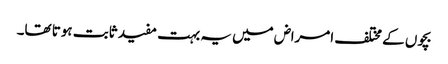
بچوں کے مختلف امراض میں یہ بہت مفید ثابت ہوتا تھا۔